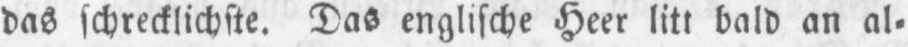
das schrecklichste. Das englische Heer litt bald an al⸗